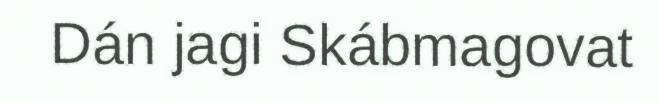
Dán jagi Skábmagovat